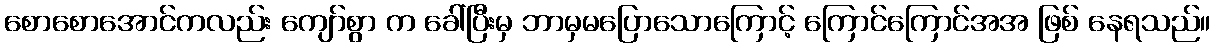
စောစောအောင်ကလည်း ကျော်စွာ က ခေါ်ပြီးမှ ဘာမှမပြောသောကြောင့် ကြောင်ကြောင်အအ ဖြစ် နေရသည်။